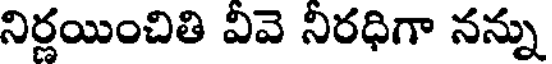
నిర్ణయించితి వివె నిరధిగా నన్ను